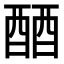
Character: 𬪪